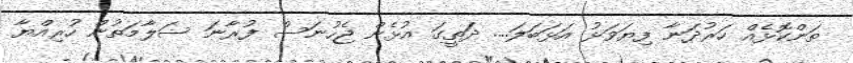
ތަންކޮޅެއް ހަރުދަނާ ފިޔަވަޅު އަޅަބަލަ.... ދަތީގަ އުޅެން ޖެހުނަސް ފުރާނަ ސަލާމަތުން ހުރިއްޔާ